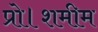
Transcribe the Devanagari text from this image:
प्रो।शमीम